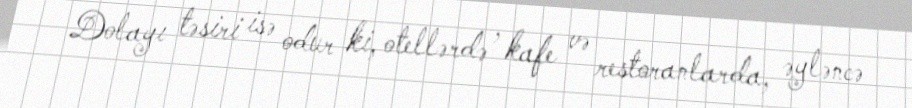
Dolayı təsiri isə odur ki, otellərdə , kafe və restoranlarda, əyləncə